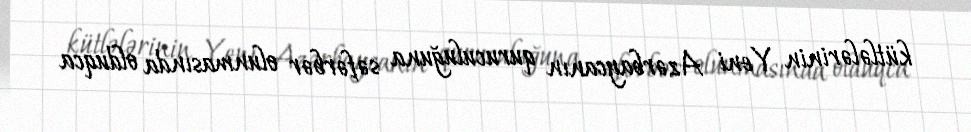
kütlələrinin Yeni Azərbaycanın quruculuğuna səfərbər olunmasında olduqca